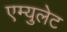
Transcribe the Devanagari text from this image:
एम्युलेट